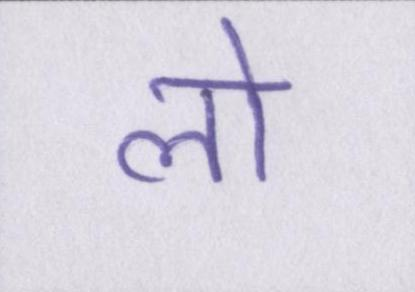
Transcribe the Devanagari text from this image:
लो